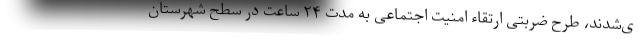
ی‌شدند، طرح ضربتی ارتقاء امنیت اجتماعی به مدت ۲۴ ساعت در سطح شهرستان